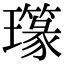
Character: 𤪪